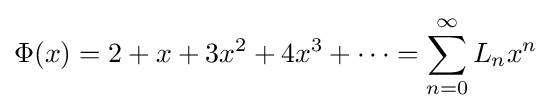
\Phi (x)=2+x+3x^{2}+4x^{3}+\cdots =\sum _{n=0}^{\infty }L_{n}x^{n}